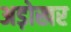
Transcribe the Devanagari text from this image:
अड़ोखर